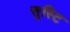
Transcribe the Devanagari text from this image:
स्ृस्टि